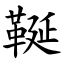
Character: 䩥